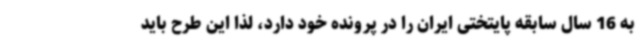
به 16 سال سابقه پایتختی ایران را در پرونده خود دارد، لذا این طرح باید